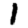
Digit: 1